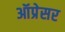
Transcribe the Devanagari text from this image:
ऑप्रेसर